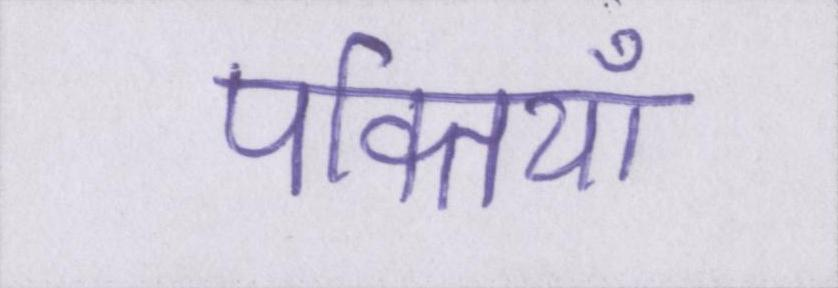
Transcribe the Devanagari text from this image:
पंक्तियाँ